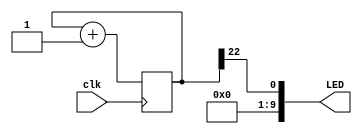
module LedBlink (
	input clk,
	output[9:0] LED
);

reg [22:0] cnt;	

initial 
begin
cnt <= 32'h00000000;
end

always @ (posedge clk ) begin
cnt<= cnt + 1;
end

assign LED[0] = cnt[22];
assign LED[9:1] = 9'b000000000;

endmodule